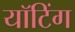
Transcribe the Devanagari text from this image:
यॉटिंग